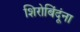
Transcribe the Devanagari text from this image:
शिरोबिंदूंना